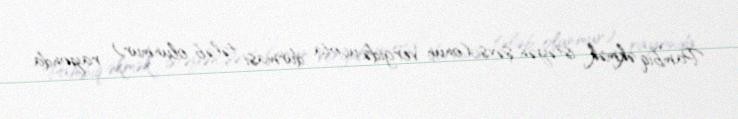
Pambıq əkmək istəyən şəxs (onun vergidə uçota durması tələb olunmur) rayonda